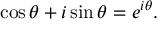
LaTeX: \cos \theta + i \sin \theta = e ^ { i \theta } .